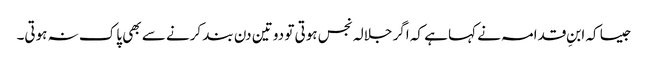
جیسا کہ ابنِ قدامہ نے کہا ہے کہ اگر جلالہ نجس ہوتی تو دو تین دن بند کرنے سے بھی پاک نہ ہوتی۔